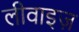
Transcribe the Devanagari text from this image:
लीवाइज़